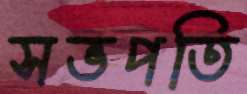
সভপতি